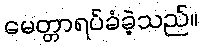
မေတ္တာရပ်ခံခဲ့သည်။